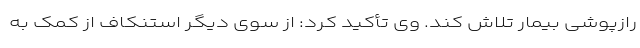
رازپوشی بیمار تلاش کند. وی تأکید کرد: از سوی دیگر استنکاف از کمک به